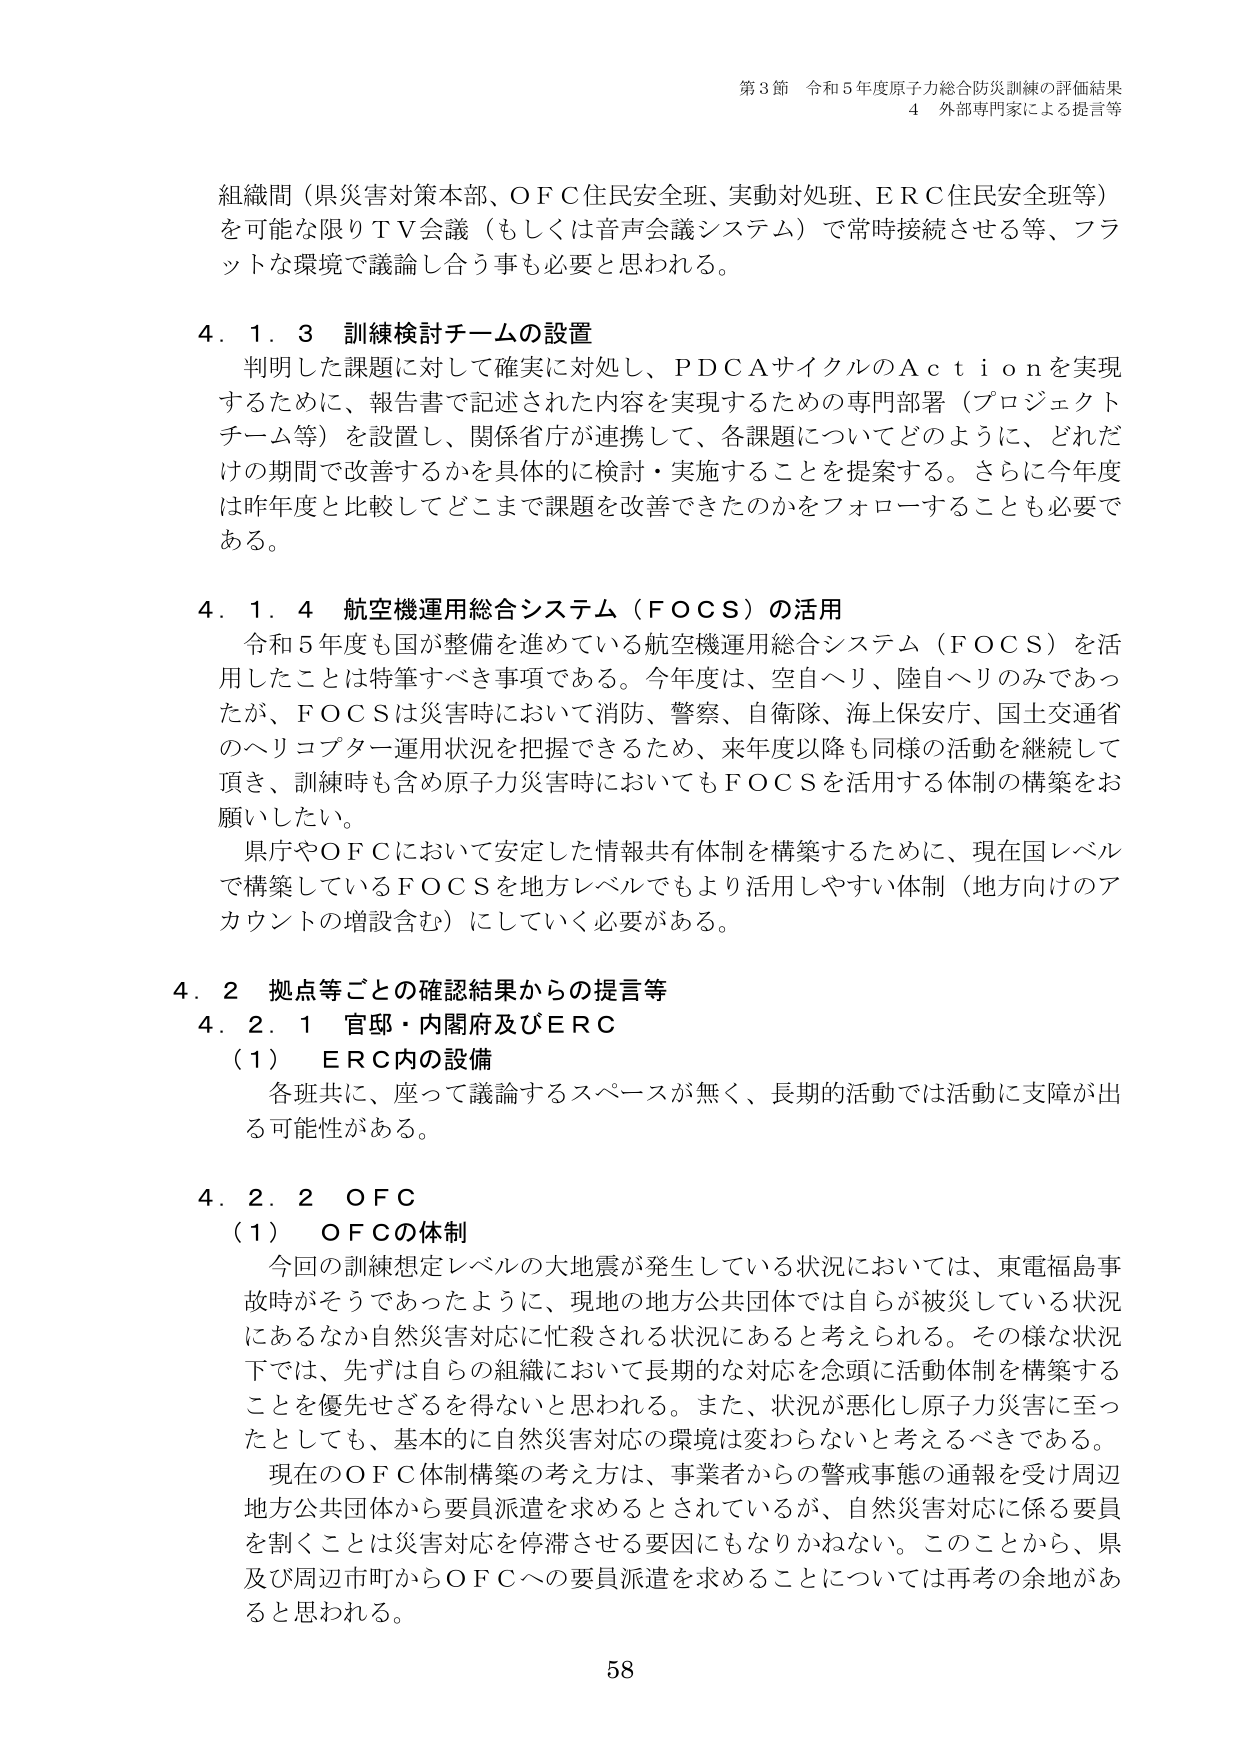
第3節 令和5年度原子力総合防災訓練の評価結果
4 外部専門家による提言等

組織間（県災害対策本部、ＯＦＣ住民安全班、実動対処班、ＥＲＣ住民安全班等）
を可能な限りＴＶ会議（もしくは音声会議システム）で常時接続させる等、フラ
ットな環境で議論し合う事も必要と思われる。

4．1．3 訓練検討チームの設置
判明した課題に対して確実に対処し、ＰＤＣＡサイクルのＡｃｔｉｏｎを実現
するために、報告書で記述された内容を実現するための専門部署（プロジェクト
チーム等）を設置し、関係省庁が連携して、各課題についてどのように、どれだ
けの期間で改善するかを具体的に検討・実施することを提案する。さらに今年度
は昨年度と比較してどこまで課題を改善できたのかをフォローすることも必要で
ある。

4．1．4 航空機運用総合システム（ＦＯＣＳ）の活用
令和5年度も国が整備を進めている航空機運用総合システム（ＦＯＣＳ）を活
用したことは特筆すべき事項である。今年度は、空自ヘリ、陸自ヘリのみであっ
たが、ＦＯＣＳは災害時において消防、警察、自衛隊、海上保安庁、国土交通省
のヘリコプター運用状況を把握できるため、来年度以降も同様の活動を継続して
頂き、訓練時も含め原子力災害時においてもＦＯＣＳを活用する体制の構築をお
願いしたい。
県庁やＯＦＣにおいて安定した情報共有体制を構築するために、現在国レベル
で構築しているＦＯＣＳを地方レベルでもより活用しやすい体制（地方向けのア
カウントの増設含む）にしていく必要がある。

4．2 拠点等ごとの確認結果からの提言等
4．2．1 官邸・内閣府及びＥＲＣ
（1） ＥＲＣ内の設備
各班共に、座って議論するスペースが無く、長期的活動では活動に支障が出
る可能性がある。

4．2．2 ＯＦＣ
（1） ＯＦＣの体制
今回の訓練想定レベルの大地震が発生している状況においては、東電福島事
故時がそうであったように、現地の地方公共団体では自らが被災している状況
にあるなか自然災害対応に忙殺される状況にあると考えられる。その様な状況
下では、先ずは自らの組織において長期的な対応を念頭に活動体制を構築する
ことを優先せざるを得ないと思われる。また、状況が悪化し原子力災害に至っ
たとしても、基本的に自然災害対応の環境は変わらないと考えるべきである。
現在のＯＦＣ体制構築の考え方は、事業者からの警戒事態の通報を受け周辺
地方公共団体から要員派遣を求めるとしているが、自然災害対応に係る要員
を割くことは災害対応を停滞させる要因にもなりかねない。このことから、県
及び周辺市町からＯＦＣへの要員派遣を求めることについては再考の余地があ
ると思われる。

58